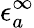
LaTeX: \epsilon_{a}^{\infty}